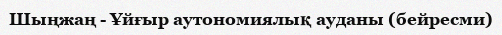
Шыңжаң - Ұйғыр аутономиялық ауданы (бейресми)